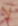
لا